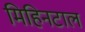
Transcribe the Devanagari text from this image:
मिहिनटाल